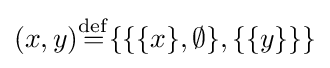
(x,y){\overset {\mathrm {def} }{=}}\{\{\{x\},\emptyset \},\{\{y\}\}\}